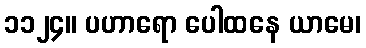
၁၁၂၄။ ပဟာရော ပေါထနေ ယာမေ၊